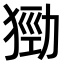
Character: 𤠃